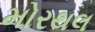
મોરથલ